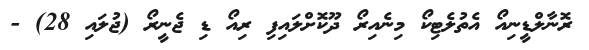
ރޮނާލްޑީނިއޯ އެތުލެޓިކޯ މިނެއިރޯ ދޫކޮށްލައިފި ރިއޯ ޑި ޖެނީރޯ (ޖުލައި 28) -